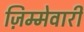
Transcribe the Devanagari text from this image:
ज़िम्मेवारी